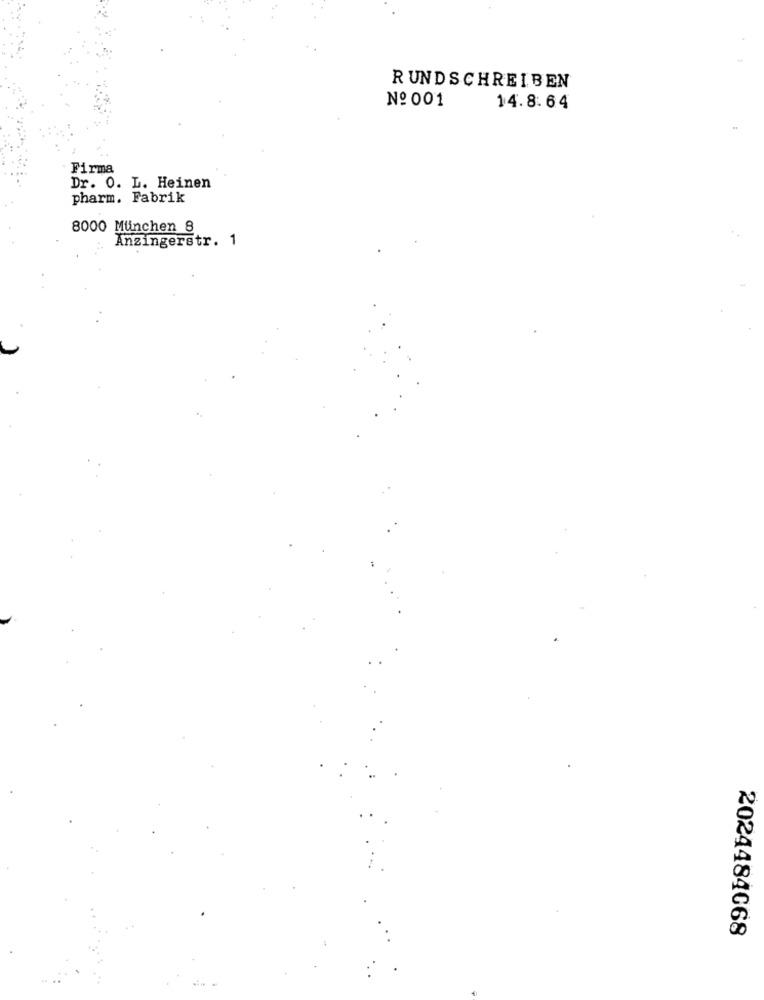
RUNDSCHREIBEN
No 001
14.8.64
Firma
Dr. 0. L. Heinen
pharm. Fabrik
8000 München 8
Anzingerstr. 1
2024484068